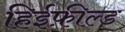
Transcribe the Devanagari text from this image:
हिईफ़ील्ड